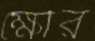
ক্ষৌর